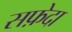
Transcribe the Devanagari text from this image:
सफ़ेदा